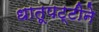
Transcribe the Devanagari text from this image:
धातूपट्टीने